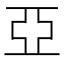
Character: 亞